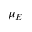
\mu _ { E }